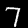
Label: 7